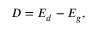
D = E _ { d } - E _ { g } ,